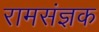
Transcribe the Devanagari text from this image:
रामसंज्ञक